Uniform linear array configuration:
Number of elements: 4
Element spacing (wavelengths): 0.5
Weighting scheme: kaiser
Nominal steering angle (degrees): -30
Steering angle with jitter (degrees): -31.662
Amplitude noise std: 0.05
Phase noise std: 0.05

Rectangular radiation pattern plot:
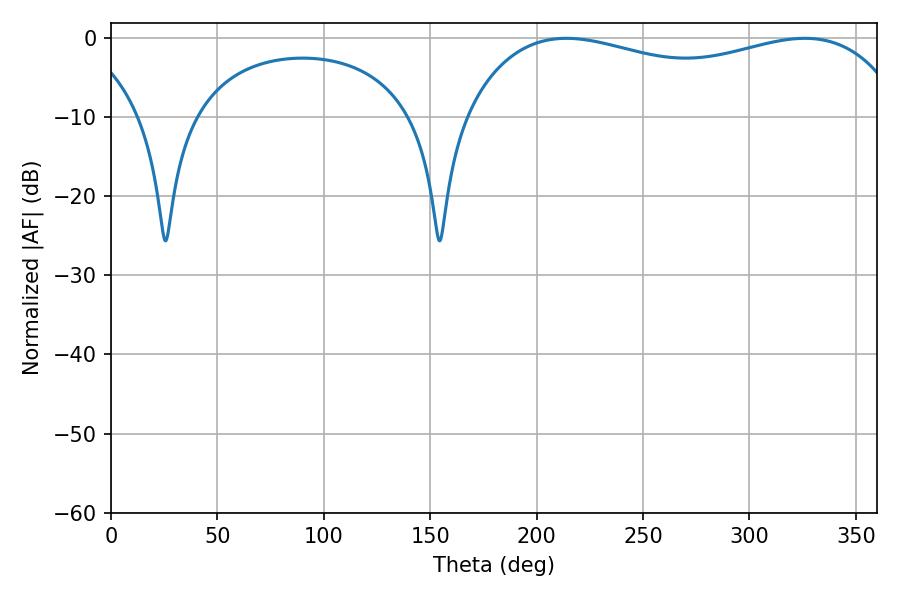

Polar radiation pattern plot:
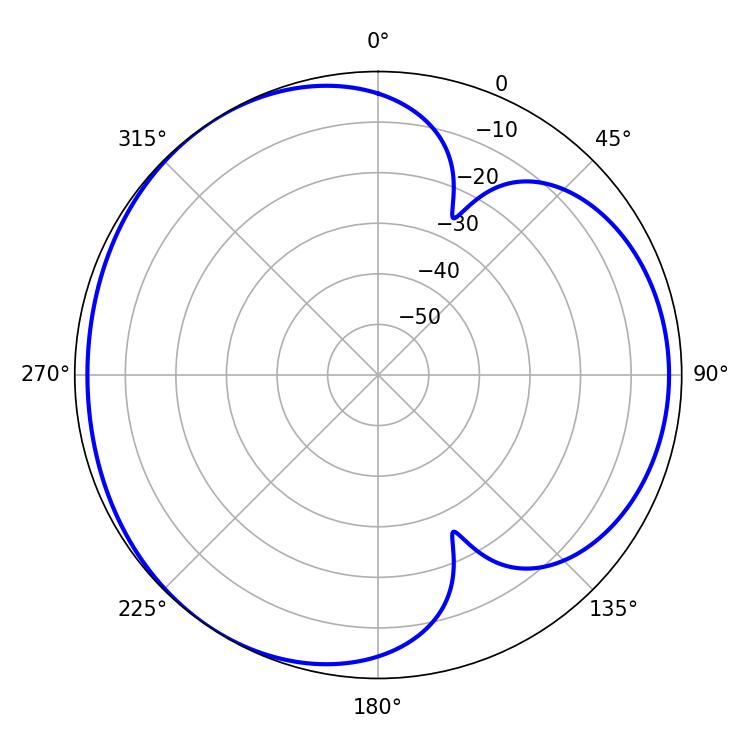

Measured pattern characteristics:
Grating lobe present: FALSE
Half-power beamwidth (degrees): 169.92
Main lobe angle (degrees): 214.02